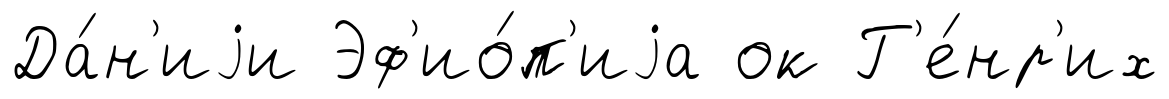
Да́н'иjи Эф'ио́п'иjа ок Г'е́нр'их